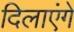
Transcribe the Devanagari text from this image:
दिलाएंगे